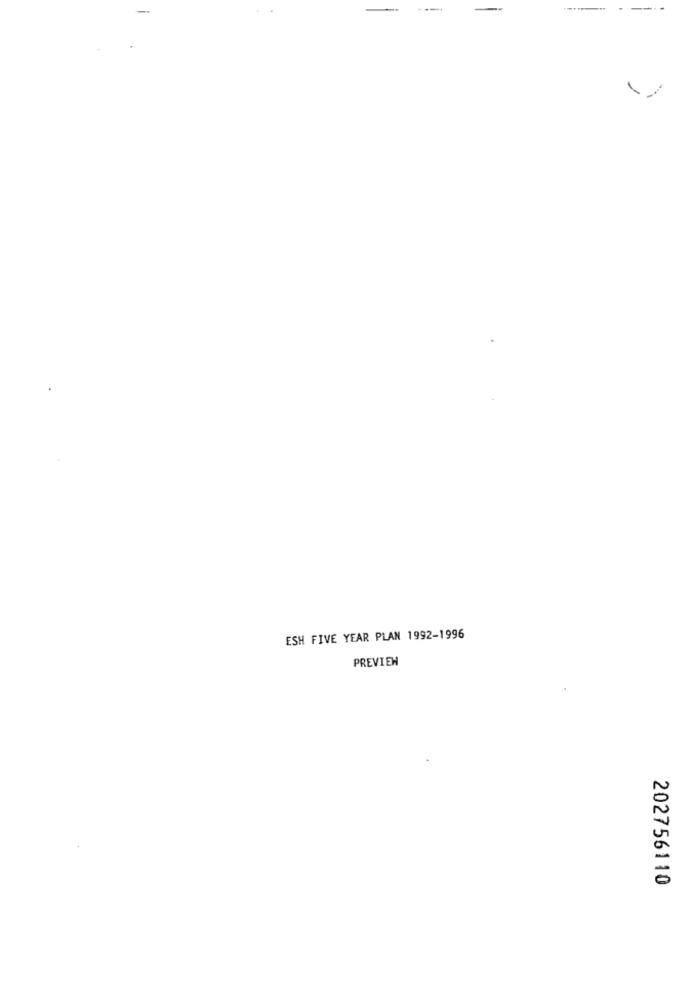
ESH FIVE YEAR PLAN 1992-1996
PREVIEW
202756110